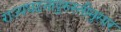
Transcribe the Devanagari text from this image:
राज्यघटनादुरुस्तीनुसार